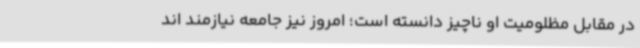
در مقابل مظلومیت او ناچیز دانسته است؛ امروز نیز جامعه نیازمند اند